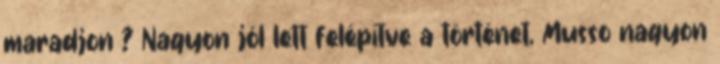
maradjon ? Nagyon jól lett felépítve a történet, Musso nagyon